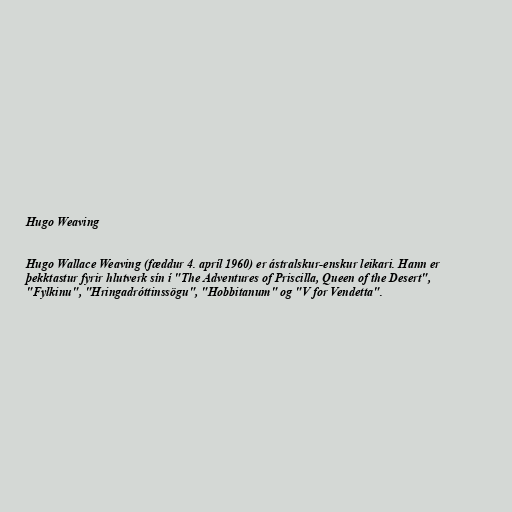
Hugo Weaving

Hugo Wallace Weaving (fæddur 4. apríl 1960) er ástralskur-enskur leikari. Hann er
þekktastur fyrir hlutverk sín í "The Adventures of Priscilla, Queen of the Desert",
"Fylkinu", "Hringadróttinssögu", "Hobbitanum" og "V for Vendetta".